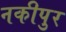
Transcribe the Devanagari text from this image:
नकीपुर